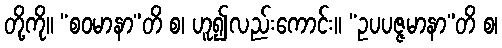
တို့ကို။ “စဝမာနာ”တိ စ၊ ဟူ၍လည်းကောင်း။ “ဥပပဇ္ဇမာနာ”တိ စ၊